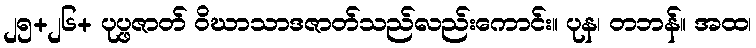
၂၅+၂၆+ ပုပ္ဖဇာတ် ဝိဃာသာဒဇာတ်သည်လည်းကောင်း။ ပုန၊ တဘန်။ အထ၊